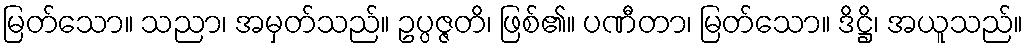
မြတ်သော။ သညာ၊ အမှတ်သည်။ ဥပ္ပဇ္ဇတိ၊ ဖြစ်၏။ ပဏီတာ၊ မြတ်သော။ ဒိဋ္ဌိ၊ အယူသည်။